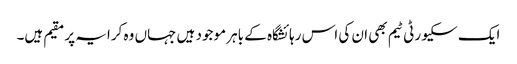
ایک سکیورٹی ٹیم بھی ان کی اس رہائشگاہ کے باہر موجود ہیں جہاں وہ کرایہ پر مقیم ہیں۔